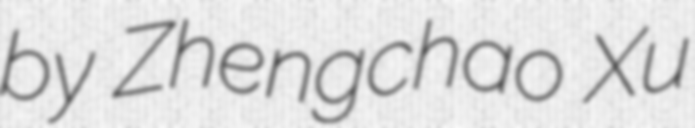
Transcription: by Zhengchao Xu